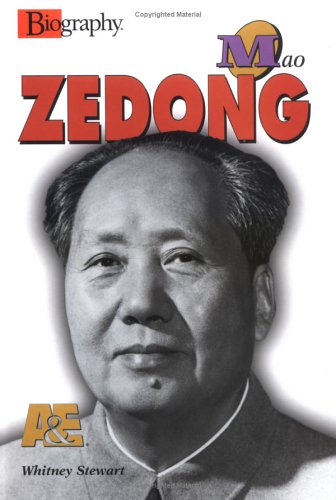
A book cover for Mao Zedong (A & E Biography); Whitney Stewart; Teen & Young Adult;